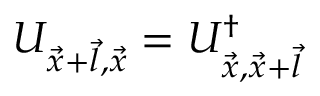
U _ { \vec { x } + \vec { l } , \vec { x } } = U _ { \vec { x } , \vec { x } + \vec { l } } ^ { \dagger }